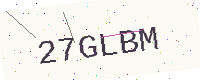
Text: 27GLBM